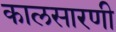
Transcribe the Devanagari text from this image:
कालसारणी